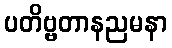
ပတိဗ္ဗတာနညမနာ